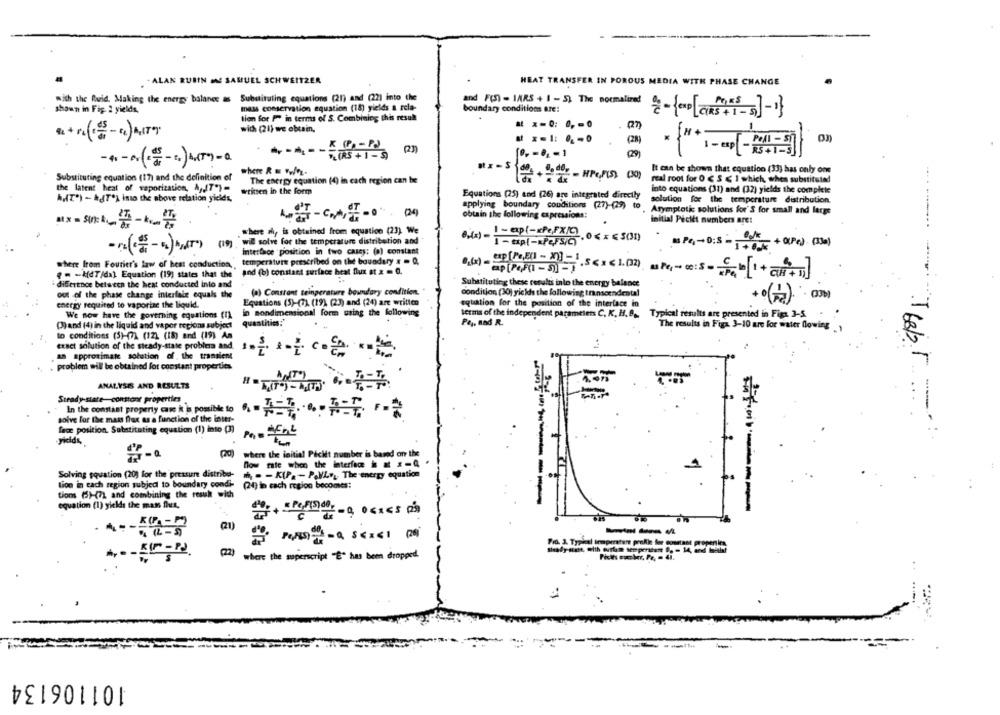
- ALAN RUBIN IN SAMUEL SCHWEITZER
HEAT TRANSFER IN POROUS MEDIA WITH PHASE CHANGE
with the Ruid. Making the energy balance as Substituting equations (21) and (22) into the
mass conservation equation (18) yields a rela-
and F(S) - INRS + 1 - 5) The normalized
shown in Fig. 2 yields,
boundary conditions are:
tion for I in terms of S. Combining this result
with (21) we obtain,
% (RS + 1 - S)
(29
#x - 5
where R = wq.
It can be shown that equation (33) has only one
Substituting equation (17) and the definition of
real root for O ( S < 1 which, when substituted
The energy equation (4) in cach region can be
the latent heat of vaporization, A,JT")=
written in the form
into equations (31) and (32) yields the complete
ANT") - hJT") into the above relation yields,
Equations (25) and (26) are integrated directly
solution for the temperature distribution.
applying boundary conditions (27)-(29) to
(2)
obtain the following expressions:
Asymptotic solutions for'S for small and large
initial Peciét numbers are:
where ri, is obtained from equation (23). We
8.(x) - 1 - cap(-xPe,FXIC)
1 - up(-seFS/C)
interface position in two cases: (a) constant
· PC-D:5 - 10+(Pc) (3)
where from Fourier's law of heat conduction, , temperature prescribed on the boundary = = 0,
and (b) constant surface heat flux at x = Q.
- - kdT/dal Equation (19) states that the
ap(fuEl - X][ . s < > < 1.(2). as Pe- c:s = = [+air+]
difference between the heat conducted into and
Substituting these results into the energy balance
out of the phase change interface equals the
(a) Constant teinperature boundary condition.
condition (30) yicks the following transcendental
+0(+) (3)
energy required to vaporiac the liquid.
Equations (5)-(7). (19) (23) and (24) are written
equation for the position of the interface in
We now have the governing equations (1)
in nondimensional form using the following
terms of the independent parameters C. K. H. B ., Typical results are presented in Figs. 3-5
quantities!"
P&L, Bad R.
(3)and (4) in the liquid and vapor regions subject
The results in Figa. 3-10 are for water flowing ,
to conditions (5)-(7) (12) (18) and (19) An
exact solution of the steady-state problems and
Theb
as approximate solution of. the transient
problem will be obtained fot constant properties.
ANALYSIS AND RESULTS
Steady-state-constant properties
In the constant property case it is possible to
--
solve for the mass flax as a function of the inter-
face position. Substituting equation (1) into (3)
yields,
(20)
where the initial Picit number is based on the
Dow rate when the interface : # x-4
1
Solving equation (20) for the pressure distribu-
₼ -- KIP .- PAVLy ,, The energy equation
tion in each region subjed to boundary condi- (24) in cach region becomes:
tions (5)-(71 and combining the result wish
equation (1) yields the man flut,
TH
(21)
---
Fra. 3. Typical temperature profile for costast properties.
(22)
where the superscript "È" has been dropped.
101106134